Summary of further report on surra
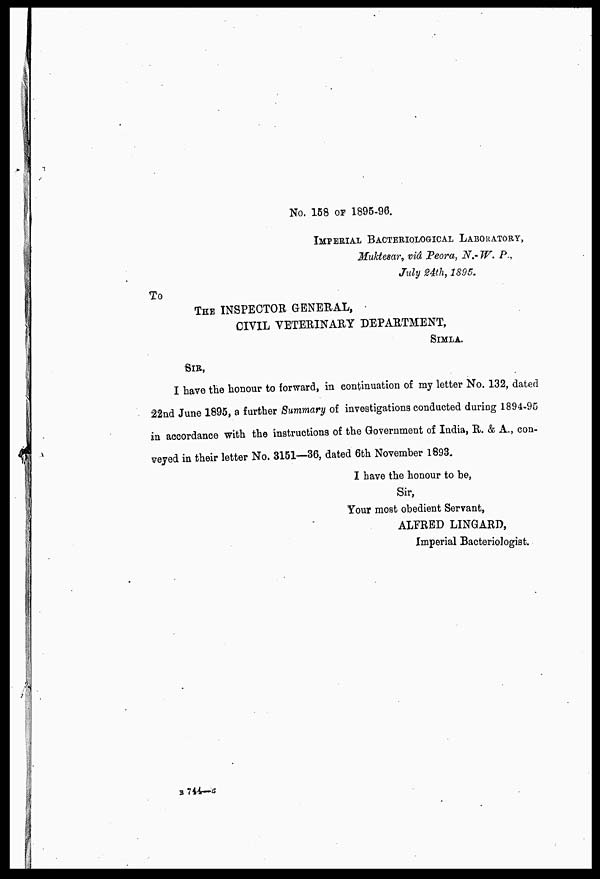
No. 158 OF 1895-96.
IMPERIAL BACTERIOLOGICAL LABORATORY,
Muktesar, viâ Peora, N. W. P
July 24th, 1895.
To
THE INSPECTOR GENERAL,
CIVIL VETERINARY DEPARTMENT,
SIMLA
SIR,
I have the honour to forward, in continuation of my letter No. 132, dated
22nd June 1895, a further Summary of investigations conducted during 1894-95
in accordance with the instructions of the Government of India, R. & A., con-
veyed in their letter No. 3151—36, dated 6th November 1893.
I have the honour to be,
Sir,
Your most obedient Servant,
ALFRED LINGARD,
Imperial Bacteriologist.